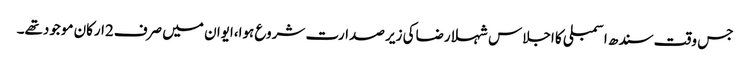
جس وقت سندھ اسمبلی کا اجلاس شہلا رضاکی زیر صدارت شروع ہوا،ایوان میں صرف2ارکان موجودتھے۔